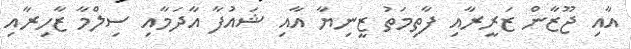
އާއި ޖޫޒާން ޒަރީރާއި ފާތިމަތު ޒީނިޔާ އާއި ޝައުފާ އާދަމާއި ސިލްމާ ޒާހިރާއި